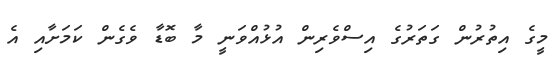
މީގެ އިތުރުން ގަތަރުގެ އިސްވެރިން އުޅުއްވަނީ މާ ބޮޑާ ވެގެން ކަމަށާއި އެ